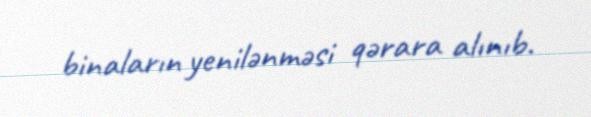
binaların yenilənməsi qərara alınıb.